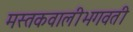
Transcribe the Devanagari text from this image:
मस्तकवालीभगवती